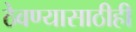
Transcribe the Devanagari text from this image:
ठेवण्यासाठीही